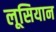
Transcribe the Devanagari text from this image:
लूसियान